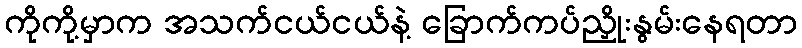
ကိုကို့မှာက အသက်ငယ်ငယ်နဲ့ ခြောက်ကပ်ညှိုးနွမ်းနေရတာ